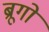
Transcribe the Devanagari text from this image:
ब्रूगों